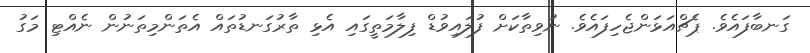
ގަނބާފައެވެ. ޕެޗްއަޅަންޖެހިފައެވެ. ނުވިތާކަށް ފުލައިވުޑް ފިލާމަތީގައި އެޅި ތާރުގަނޑުތައް އެތަންމިތަނުން ނެއްޓި މަގު